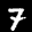
Label: 7